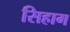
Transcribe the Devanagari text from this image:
सिहाग